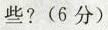
些? (6分)